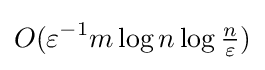
O(\varepsilon ^{-1}m\log n\log {\tfrac {n}{\varepsilon }})